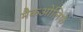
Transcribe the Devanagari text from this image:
मैकओलिफे